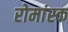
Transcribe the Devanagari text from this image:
रोमांस्क